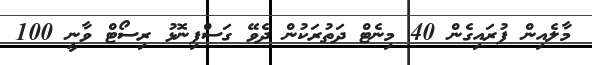
މާލެއިން ފުރައިގެން 40 މިނެޓް ދަތުރަކުން ދެވޭ ގަސްފިނޮޅު ރިސޯޓް ވާނީ 100